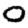
Digit: 0